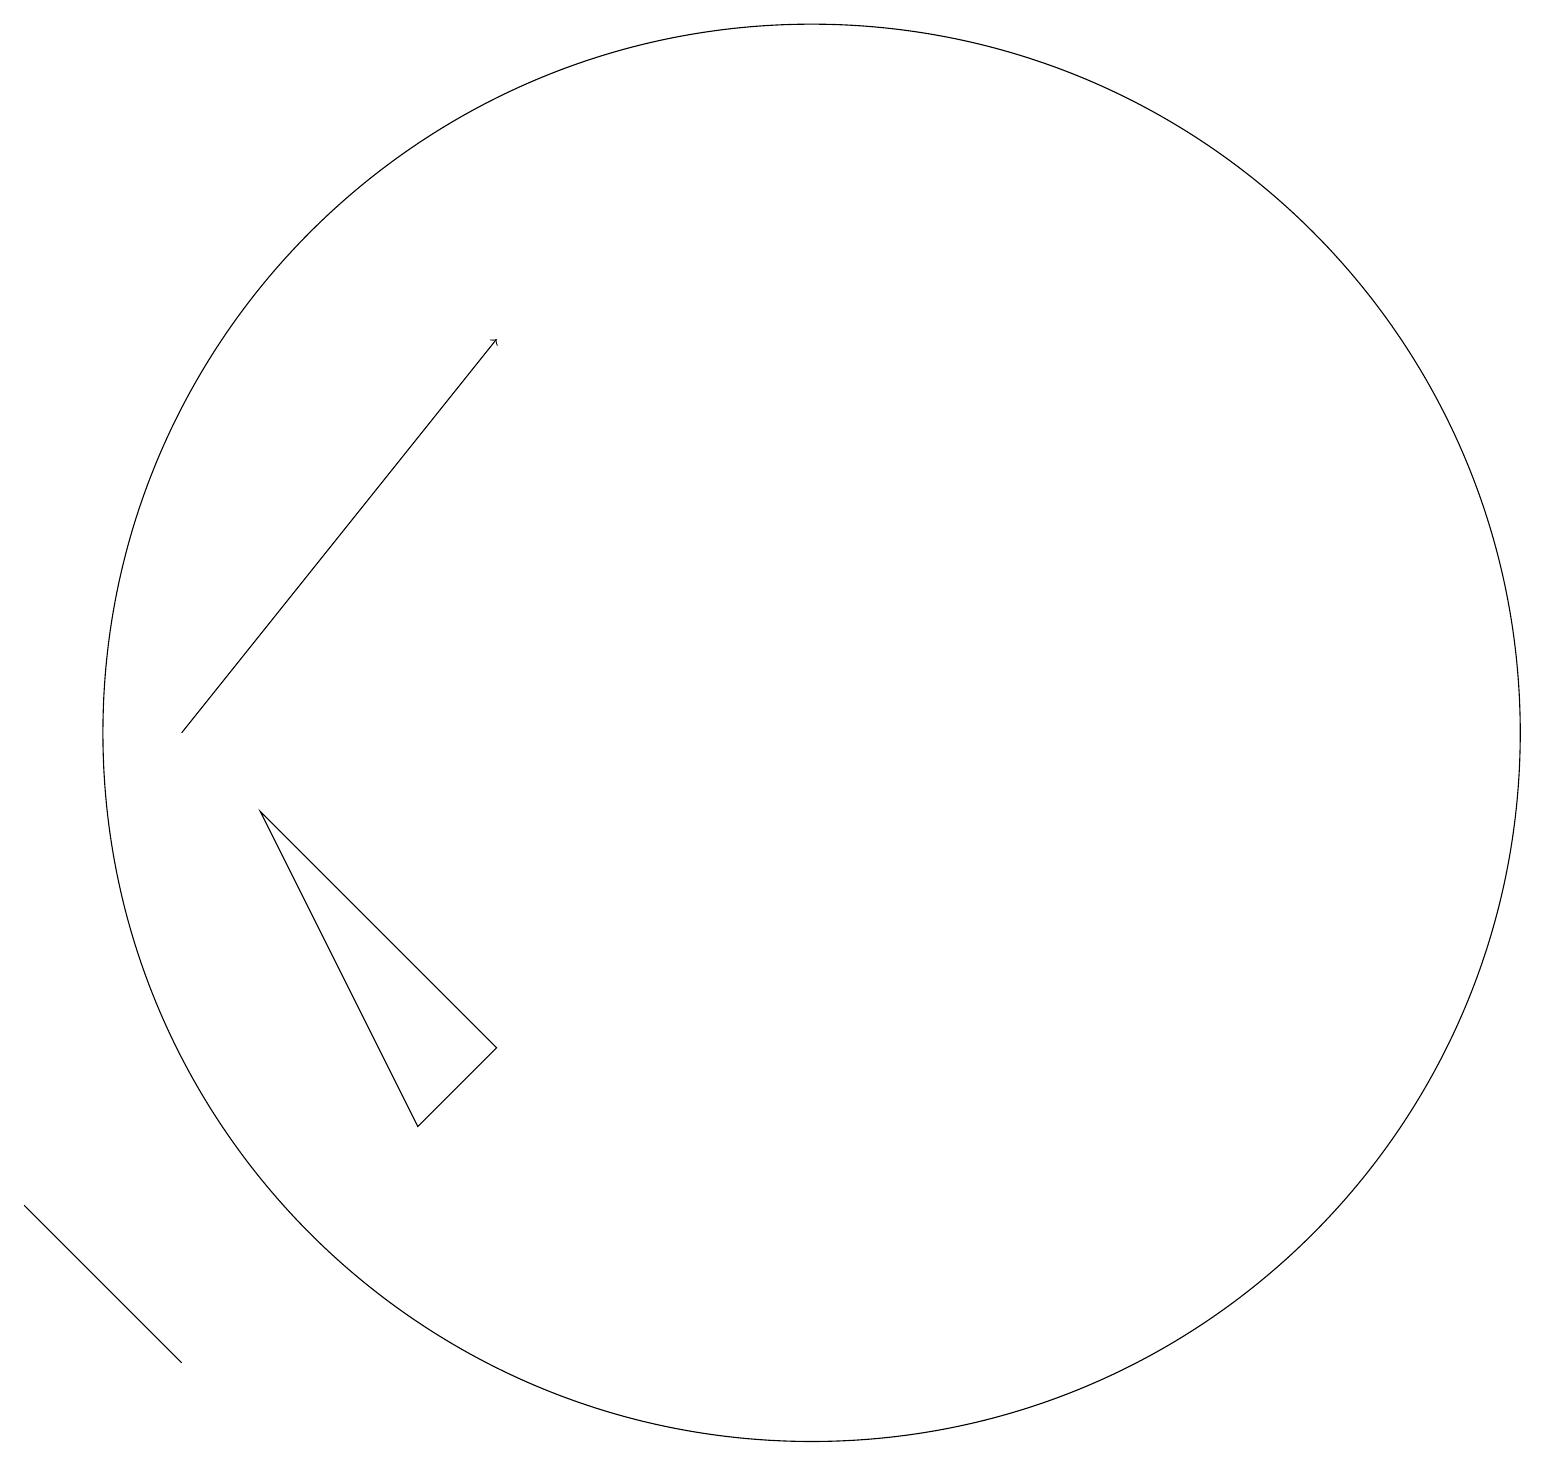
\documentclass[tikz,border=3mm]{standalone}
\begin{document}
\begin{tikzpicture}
\draw (7,5) -- (8,6) -- (5,9) -- cycle;
\draw (2,4) -- (2,4) -- (4,2) -- cycle;
\draw (12,10) circle (9);
\draw[->] (4,10) -- (8,15);
\draw (10,11) circle (0);
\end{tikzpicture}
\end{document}